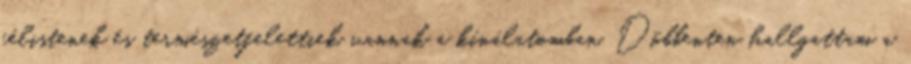
félistenek és természetfelettiek vannak a kínálatomban. Döbbenten hallgattam a